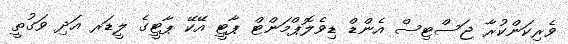
ވެރިކަންކުރާ ޖަސްޓިސް އެންޑް ޑިވެލޮޕްމަންޓް ޕާޓީ އޭކޭ ޕާޓީގެ ލީޑަރ އަދި ވަގުތީ